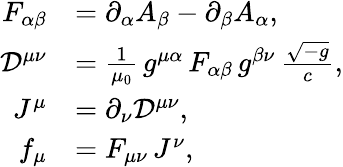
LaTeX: {\begin{array}{rl}{F_{\alpha\beta}}&{=\partial_{\alpha}A_{\beta}-\partial_{\beta}A_{\alpha},}\\ {{\mathcal{D}}^{\mu\nu}}&{={\frac{1}{\mu_{0}}}\, g^{\mu\alpha}\, F_{\alpha\beta}\, g^{\beta\nu}\, {\frac{\sqrt{-g}}{c}},}\\ {J^{\mu}}&{=\partial_{\nu}{\mathcal{D}}^{\mu\nu},}\\ {f_{\mu}}&{=F_{\mu\nu}\, J^{\nu},}\end{array}}